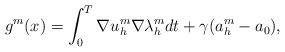
LaTeX: \begin{align*}{g}^m(x) = \int_{0}^T \nabla u_h^m \nabla \lambda_h^m dt + \gamma (a_h^m - a_0), \\\end{align*}